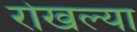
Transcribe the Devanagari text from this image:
रोखल्या